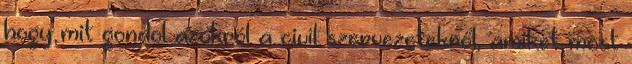
hogy mit gondol azokról a civil szervezetekről, amiket most